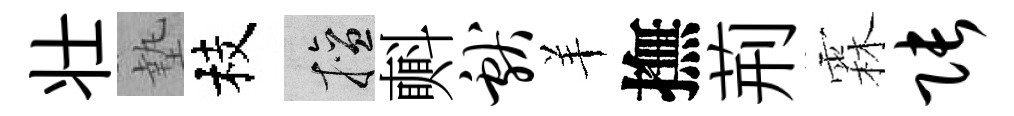
壮墊枝擅㪺献羊撫荊霖张